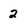
Character: 2